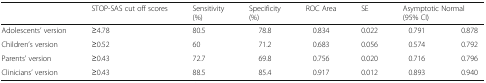
|  | STOP-SAS cut off scores | Sensitivity(%) | Specificity(%) | ROC Area | SE | <COLSPAN=2> Asymptotic Normal(95% CI) |
 | --- | --- | --- | --- | --- | --- | --- | --- |
 | Adolescents’ version | ≥4.78 | 80.5 | 78.8 | 0.834 | 0.022 | 0.791 | 0.878 |
 | Children’s version | ≥0.52 | 60 | 71.2 | 0.683 | 0.056 | 0.574 | 0.792 |
 | Parents’ version | ≥0.43 | 72.7 | 69.8 | 0.756 | 0.020 | 0.716 | 0.796 |
 | Clinicians’ version | ≥0.43 | 88.5 | 85.4 | 0.917 | 0.012 | 0.893 | 0.940 |